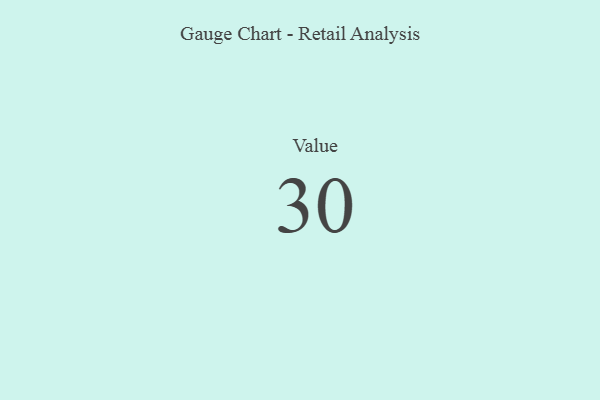
{"axis": {"x": "Metric", "y": "Value"}, "legend": [""], "data": [{"x": "Value", "y": 30, "type": ""}]}